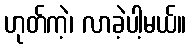
ဟုတ်ကဲ့၊ လာခဲ့ပါ့မယ်။